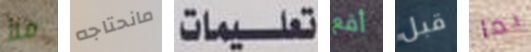
ملأ مانحتاجه تعليمات أقع قبل بما